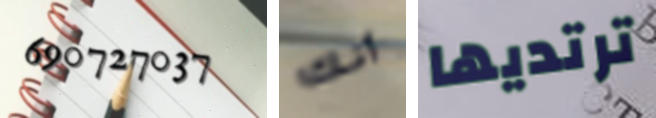
690727037 أنك ترتديها